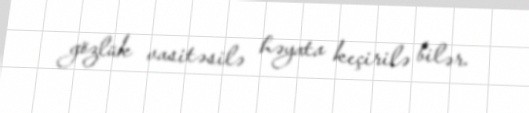
gözlük vasitəsilə həyata keçirilə bilər.